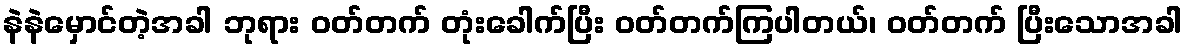
နဲနဲမှောင်တဲ့အခါ ဘုရား ဝတ်တက် တုံးခေါက်ပြီး ဝတ်တက်ကြပါတယ်၊ ဝတ်တက် ပြီးသောအခါ